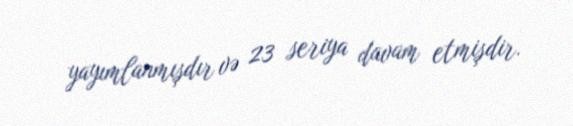
yayımlanmışdır və 23 seriya davam etmişdir.